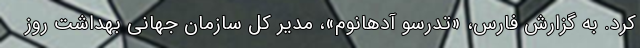
کرد. به گزارش فارس، «تدرسو آدهانوم»، مدیر کل سازمان جهانی بهداشت روز